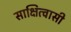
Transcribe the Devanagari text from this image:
साक्षित्वासी